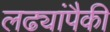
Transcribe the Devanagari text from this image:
लढ्यांपैकी